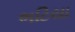
ભટિયા